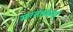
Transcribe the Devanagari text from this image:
मरतडवर्मा